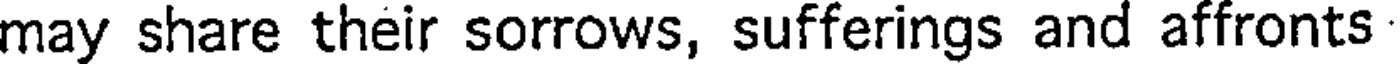
may share their sorrows, sufferings and affronts